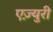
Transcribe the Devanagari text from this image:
एज़्युरी